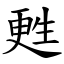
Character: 甦